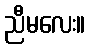
ညီမလေး။